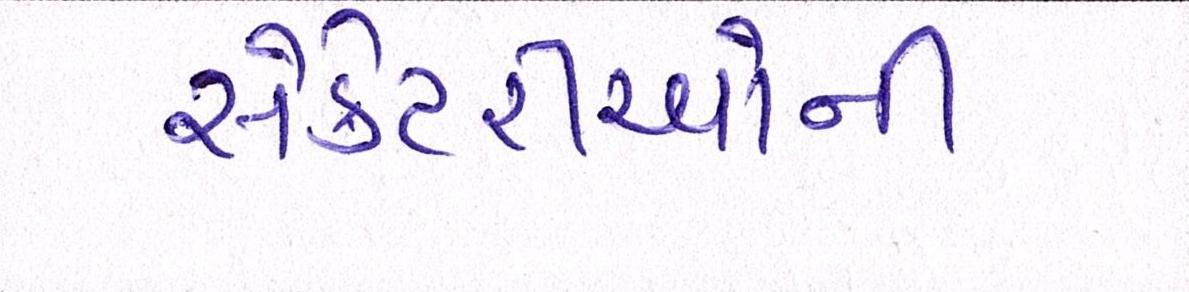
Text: સેક્રેટરીઓની